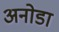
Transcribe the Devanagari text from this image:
अनोडा